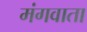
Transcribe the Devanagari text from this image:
मंगवाता